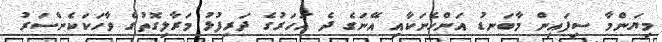
މިޔަންމާ ސިފައިން މާބަނޑު އަންހެނަކާއި އޭނަގެ ދެ އަހަރުގެ ދަރިފުޅު މަރާލިގޮތުގެ ވާހަކަކެންސަރު